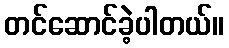
တင်ဆောင်ခဲ့ပါတယ်။